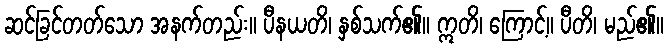
ဆင်ခြင်တတ်သော အနက်တည်း။ ပီနယတိ၊ နှစ်သက်၏။ ဣတိ၊ ကြောင့်။ ပီတိ၊ မည်၏။